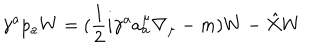
LaTeX: \gamma ^ { a } p _ { a } W = ( \frac { 1 } { 2 } i \gamma ^ { a } a _ { a } ^ { \mu } \nabla _ { \mu } - m ) W - \hat { X } W